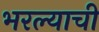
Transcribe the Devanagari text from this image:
भरल्याची